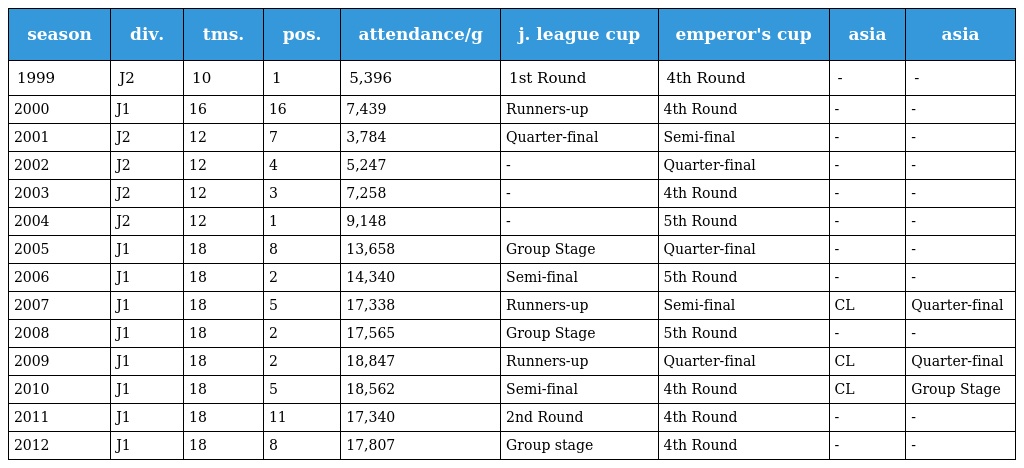
| season | div. | tms. | pos. | attendance/g | j. league cup | emperor's cup | asia | asia |
 | --- | --- | --- | --- | --- | --- | --- | --- | --- |
 | 1999 | J2 | 10 | 1 | 5,396 | 1st Round | 4th Round | - | - |
 | 2000 | J1 | 16 | 16 | 7,439 | Runners-up | 4th Round | - | - |
 | 2001 | J2 | 12 | 7 | 3,784 | Quarter-final | Semi-final | - | - |
 | 2002 | J2 | 12 | 4 | 5,247 | - | Quarter-final | - | - |
 | 2003 | J2 | 12 | 3 | 7,258 | - | 4th Round | - | - |
 | 2004 | J2 | 12 | 1 | 9,148 | - | 5th Round | - | - |
 | 2005 | J1 | 18 | 8 | 13,658 | Group Stage | Quarter-final | - | - |
 | 2006 | J1 | 18 | 2 | 14,340 | Semi-final | 5th Round | - | - |
 | 2007 | J1 | 18 | 5 | 17,338 | Runners-up | Semi-final | CL | Quarter-final |
 | 2008 | J1 | 18 | 2 | 17,565 | Group Stage | 5th Round | - | - |
 | 2009 | J1 | 18 | 2 | 18,847 | Runners-up | Quarter-final | CL | Quarter-final |
 | 2010 | J1 | 18 | 5 | 18,562 | Semi-final | 4th Round | CL | Group Stage |
 | 2011 | J1 | 18 | 11 | 17,340 | 2nd Round | 4th Round | - | - |
 | 2012 | J1 | 18 | 8 | 17,807 | Group stage | 4th Round | - | - |